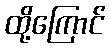
ထို့ကြောင်